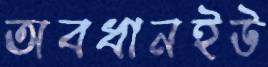
অবধানইউ